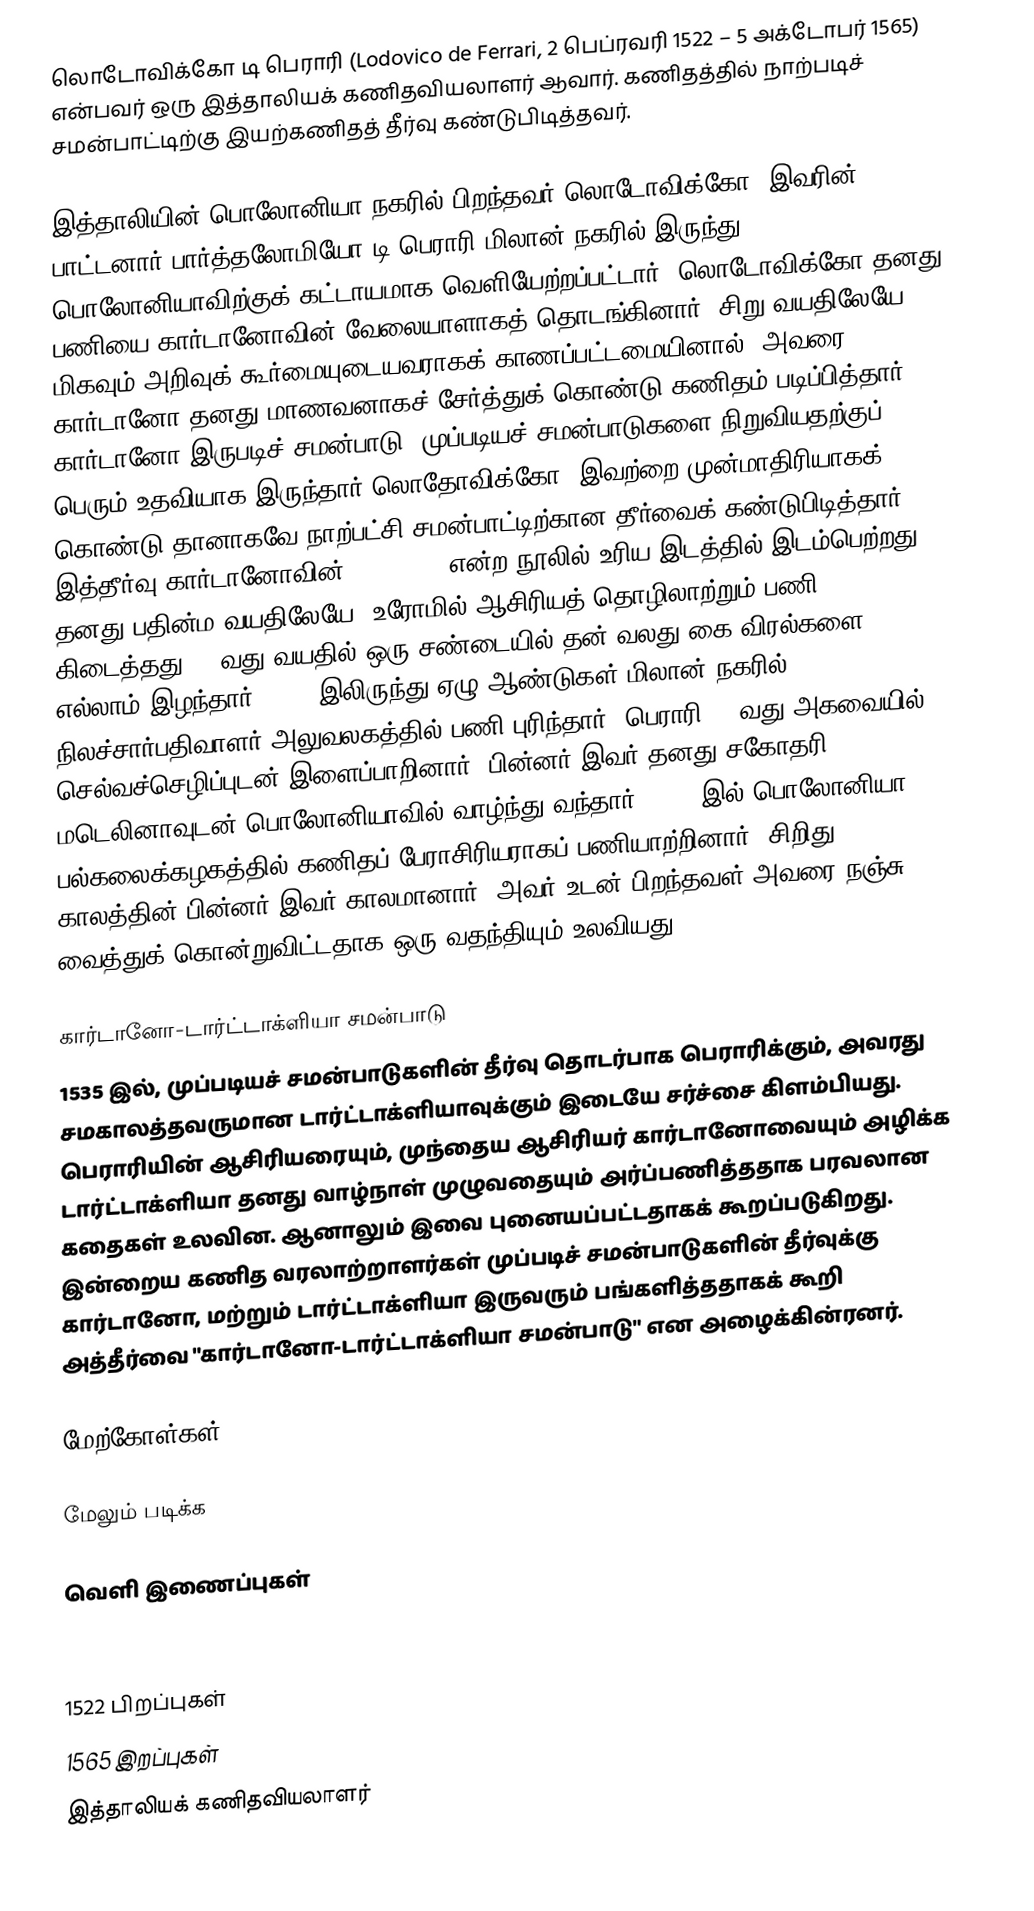
லொடோவிக்கோ டி பெராரி (Lodovico de Ferrari, 2 பெப்ரவரி 1522 – 5 அக்டோபர் 1565) என்பவர் ஒரு இத்தாலியக் கணிதவியலாளர் ஆவார். கணிதத்தில் நாற்படிச் சமன்பாட்டிற்கு இயற்கணிதத் தீர்வு கண்டுபிடித்தவர்.

இத்தாலியின் பொலோனியா நகரில் பிறந்தவர் லொடோவிக்கோ. இவரின் பாட்டனார் பார்த்தலோமியோ டி பெராரி மிலான் நகரில் இருந்து பொலோனியாவிற்குக் கட்டாயமாக வெளியேற்றப்பட்டார். லொடோவிக்கோ தனது பணியை கார்டானோவின் வேலையாளாகத் தொடங்கினார். சிறு வயதிலேயே மிகவும் அறிவுக் கூர்மையுடையவராகக் காணப்பட்டமையினால், அவரை கார்டானோ தனது மாணவனாகச் சேர்த்துக் கொண்டு கணிதம் படிப்பித்தார். கார்டானோ இருபடிச் சமன்பாடு, முப்படியச் சமன்பாடுகளை நிறுவியதற்குப் பெரும் உதவியாக இருந்தார் லொதோவிக்கோ. இவற்றை முன்மாதிரியாகக் கொண்டு தானாகவே நாற்பட்சி சமன்பாட்டிற்கான தீர்வைக் கண்டுபிடித்தார். இத்தீர்வு கார்டானோவின் Ars Magna என்ற நூலில் உரிய இடத்தில் இடம்பெற்றது. தனது பதின்ம வயதிலேயே, உரோமில் ஆசிரியத் தொழிலாற்றும் பணி கிடைத்தது. 17வது வயதில் ஒரு சண்டையில் தன் வலது கை விரல்களை எல்லாம் இழந்தார். 1549 இலிருந்து ஏழு ஆண்டுகள் மிலான் நகரில் நிலச்சார்பதிவாளர் அலுவலகத்தில் பணி புரிந்தார். பெராரி 42-வது அகவையில் செல்வச்செழிப்புடன் இளைப்பாறினார். பின்னர் இவர் தனது சகோதரி மடெலினாவுடன் பொலோனியாவில் வாழ்ந்து வந்தார். 1565 இல் பொலோனியா பல்கலைக்கழகத்தில் கணிதப் பேராசிரியராகப் பணியாற்றினார். சிறிது காலத்தின் பின்னர் இவர் காலமானார். அவர் உடன் பிறந்தவள் அவரை நஞ்சு வைத்துக் கொன்றுவிட்டதாக ஒரு வதந்தியும் உலவியது.

கார்டானோ-டார்ட்டாக்ளியா சமன்பாடு
1535 இல், முப்படியச் சமன்பாடுகளின் தீர்வு தொடர்பாக பெராரிக்கும், அவரது சமகாலத்தவருமான டார்ட்டாக்ளியாவுக்கும் இடையே சர்ச்சை கிளம்பியது. பெராரியின் ஆசிரியரையும், முந்தைய ஆசிரியர் கார்டானோவையும் அழிக்க டார்ட்டாக்ளியா தனது வாழ்நாள் முழுவதையும் அர்ப்பணித்ததாக பரவலான கதைகள் உலவின. ஆனாலும் இவை புனையப்பட்டதாகக் கூறப்படுகிறது. இன்றைய கணித வரலாற்றாளர்கள் முப்படிச் சமன்பாடுகளின் தீர்வுக்கு கார்டானோ, மற்றும் டார்ட்டாக்ளியா இருவரும் பங்களித்ததாகக் கூறி அத்தீர்வை "கார்டானோ-டார்ட்டாக்ளியா சமன்பாடு" என அழைக்கின்ரனர்.

மேற்கோள்கள்

மேலும் படிக்க

வெளி இணைப்புகள்

1522 பிறப்புகள்
1565 இறப்புகள்
இத்தாலியக் கணிதவியலாளர்